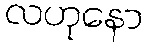
လဟုနော